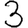
Digit: 3